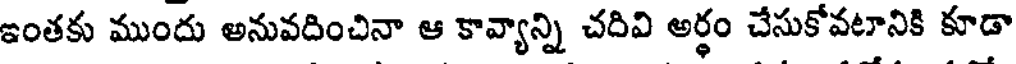
ఇంతకు ముందు అనువదించినా ఆ కావ్యాన్ని చదివి అర్థం చేసుకోవటానికి కూడా